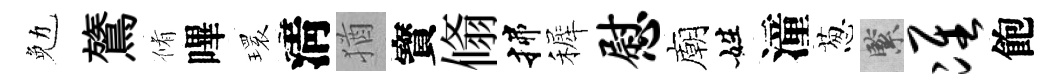
勉鷟脩嗶𤨔淸猶寳翛揲裤慰廟姓潼葱緊准飽